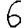
Digit: 6